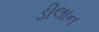
ડીલાન